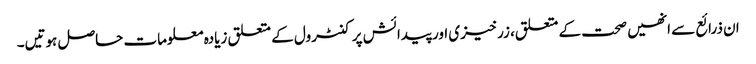
ان ذرائع سے انھیں صحت کے متعلق، زرخیزی اور پیدائش پر کنٹرول کے متعلق زیادہ معلومات حاصل ہوتیں۔